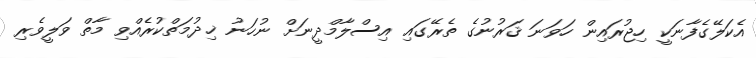
އެކަލޭގެފާނަކީ ހިޖުރައިން ހަވަނަ ޤަރުނުގެ ތެރޭގައި އިސްލާމްދީނަށް ނުހަނު ޚިދުމަތްކުރެއްވި މާތް ވަލީވެރި